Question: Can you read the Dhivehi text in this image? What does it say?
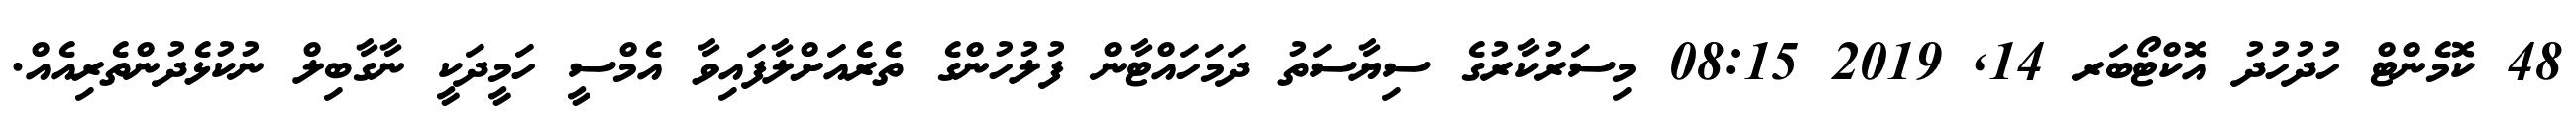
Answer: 48 ކޮމެންޓް ހުދުހުދު އޮކްޓޯބަރ 14, 2019 08:15 މިސަރުކާރުގެ ސިޔާސަތު ދަމަހައްޓާން ފުލުހުންގެ ތެރެއަށްލާފައިވާ އެމްސީ ހަމީދަކީ ނާގާބިލް ނުކުޅެދުންތެރިއެއް.